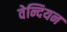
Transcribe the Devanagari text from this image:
वेन्दियन